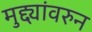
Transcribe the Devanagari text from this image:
मुद्द्यांवरुन